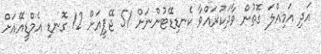
އަދި އަމިއްލަ ގޮތުން ވާދަކުރައްވާ ކެނޑިޑޭޓުންނަށް 51 ޖޭޕީއަށް 12 ގޮނޑި އެމްޑީއޭއަށް